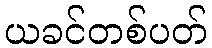
ယခင်တစ်ပတ်